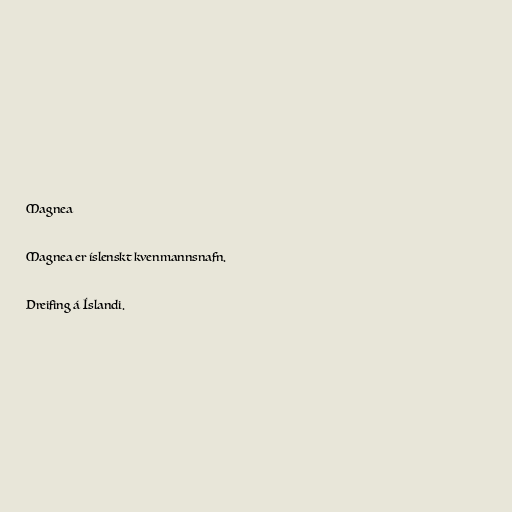
Magnea

Magnea er íslenskt kvenmannsnafn.

Dreifing á Íslandi.